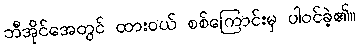
ဘီအိုင်အေတွင် ထားဝယ် စစ်ကြောင်းမှ ပါဝင်ခဲ့၏။